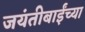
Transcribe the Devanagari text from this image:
जयंतीबाईंच्या